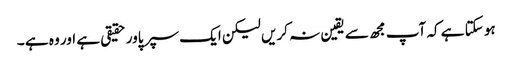
ہو سکتا ہے کہ آپ مجھ سے یقین نہ کریں لیکن ایک سپر پاور حقیقی ہے اور وہ ہے ۔